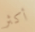
أكثر